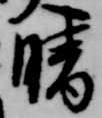
晴